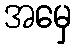
အမှေ